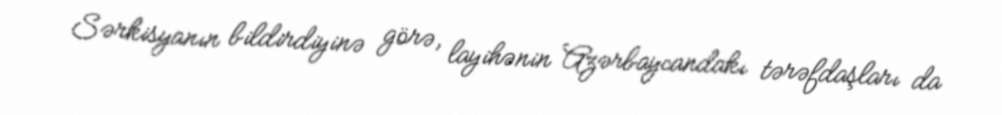
Sərkisyanın bildirdiyinə görə, layihənin Azərbaycandakı tərəfdaşları da